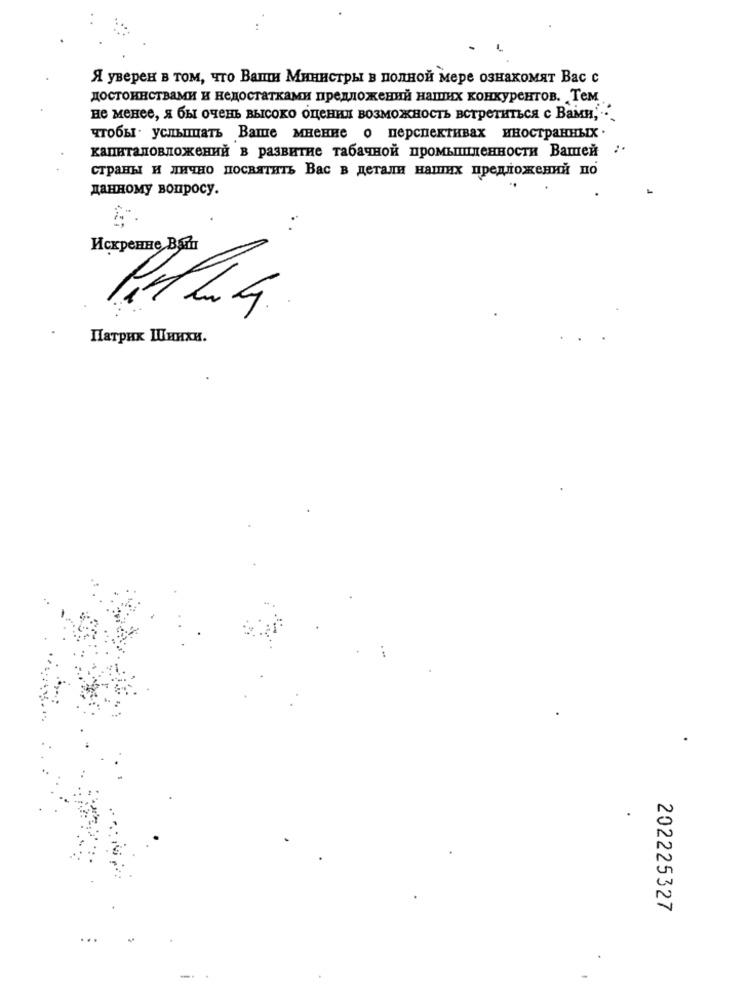
Я уверен в том, что Ваши Министры в полной мере ознакомят Вас с
достоинствами и недостатками предложений наших конкурентов. Тем
не менее, я бы очень высоко оценил возможность встретиться с Вами, -.
чтобы услышать Ваше мнение о перспективах иностранных .
капиталовложений в развитие табачной промышленности Вашей
страны и лично посвятить Вас в детали наших предложений по
данному вопросу.
" .
Искренне Вай
.
Патрик Шиихи.
202225327